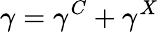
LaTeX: \gamma=\gamma^{C}+\gamma^{X}